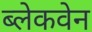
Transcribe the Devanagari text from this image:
ब्लेकवेन